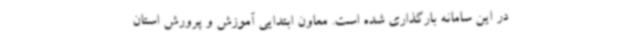
در این سامانه بارگذاری شده است. معاون ابتدایی آموزش و پرورش استان